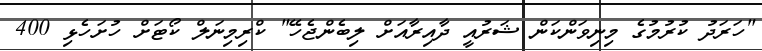
"ހަރަދު ކުރުމުގެ މިނިވަންކަން ޝަރުއީ ދާއިރާއަށް ލިބެންޖެހޭ" ކްރިމިނަލް ކޯޓަށް ހުށަހެޅި 400